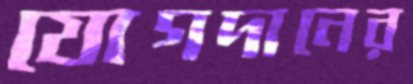
যোগদানের